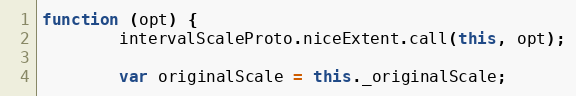
Language: JavaScript
function (opt) {
        intervalScaleProto.niceExtent.call(this, opt);

        var originalScale = this._originalScale;